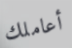
أعاملك